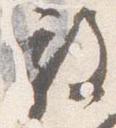
放